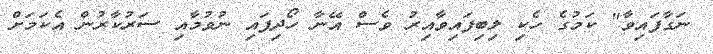
ނަގާފައިވާ" ކަމުގެ ހެކި ލިބިފައިވާއިރު ވެސް އޭނާ ހޯދިފައި ނުވުމާއި ސަރުކާރުން އެކަމަށް